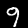
Label: 9